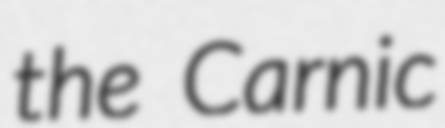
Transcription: the Carnic